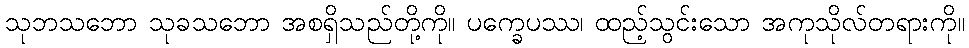
သုဘသဘော သုခသဘော အစရှိသည်တို့ကို။ ပက္ခေပဿ၊ ထည့်သွင်းသော အကုသိုလ်တရားကို။